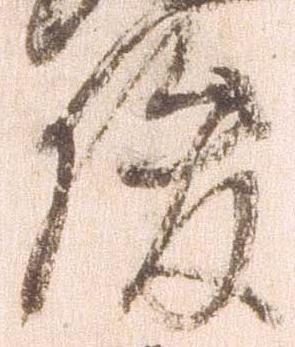
俊